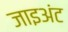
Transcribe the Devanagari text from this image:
जाइअंट